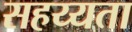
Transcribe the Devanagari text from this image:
सहय्यता